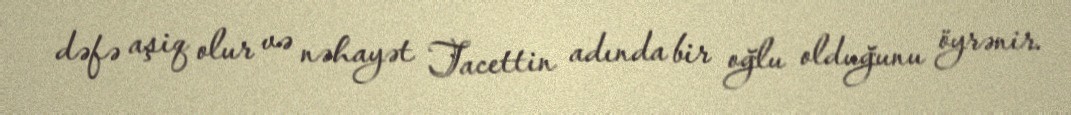
dəfə aşiq olur və nəhayət Tacettin adında bir oğlu olduğunu öyrənir.